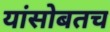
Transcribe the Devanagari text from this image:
यांसोबतच